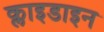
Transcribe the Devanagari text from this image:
क्लाइडाइन